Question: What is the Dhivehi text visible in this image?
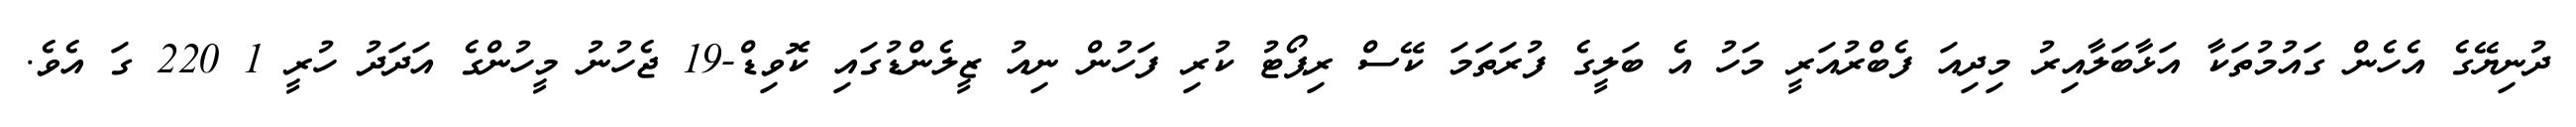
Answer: ދުނިޔޭގެ އެހެން ގައުމުތަކާ އަޅާބަލާއިރު މިދިއަ ފެބްރުއަރީ މަހު އެ ބަލީގެ ފުރަތަމަ ކޭސް ރިޕޯޓު ކުރި ފަހުން ނިއު ޒީލެންޑުގައި ކޮވިޑް-19 ޖެހުނު މީހުންގެ އަދަދު ހުރީ 1 220 ގަ އެވެ.